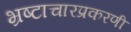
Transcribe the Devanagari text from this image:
भ्रष्टाचारप्रकरणी